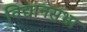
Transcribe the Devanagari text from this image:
विद्यानसभा